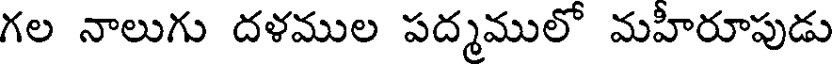
గల నాలుగు దళముల పద్మములో మహీరూపుడు